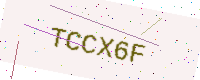
Text: TCCX6F